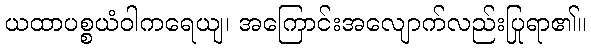
ယထာပစ္စယံဝါကရေယျ၊ အကြောင်းအလျောက်လည်းပြုရာ၏။